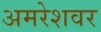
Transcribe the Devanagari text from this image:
अमरेशवर